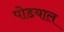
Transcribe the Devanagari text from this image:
पोडयाल